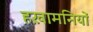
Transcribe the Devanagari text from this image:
हख़ामनियों